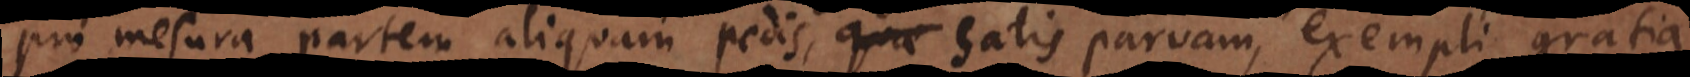
pro me[n]sura partem aliquam pedis, satis parvam, exempli gratia